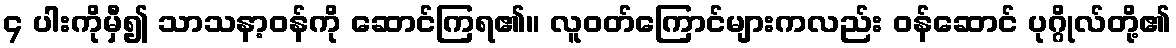
၄ ပါးကိုမှီ၍ သာသနာ့ဝန်ကို ဆောင်ကြရ၏။ လူဝတ်ကြောင်များကလည်း ဝန်ဆောင် ပုဂ္ဂိုလ်တို့၏